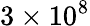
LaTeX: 3\times 10^{8}